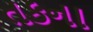
તકના